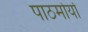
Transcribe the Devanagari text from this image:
पाठमोर्या